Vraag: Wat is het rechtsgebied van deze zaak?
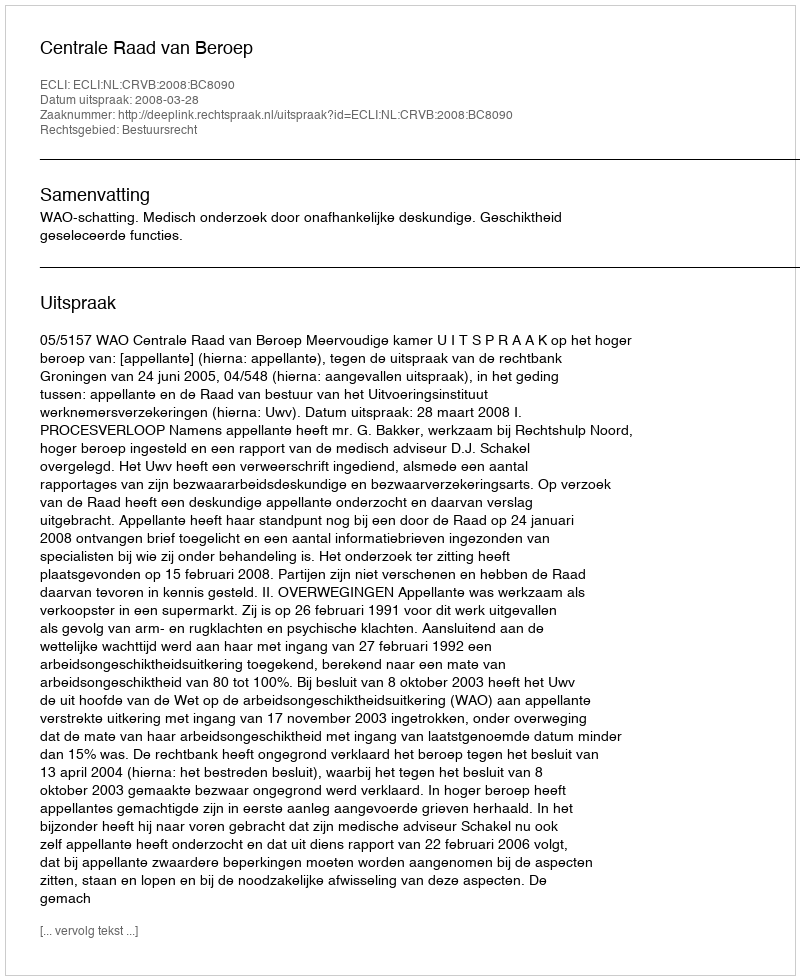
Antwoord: Bestuursrecht